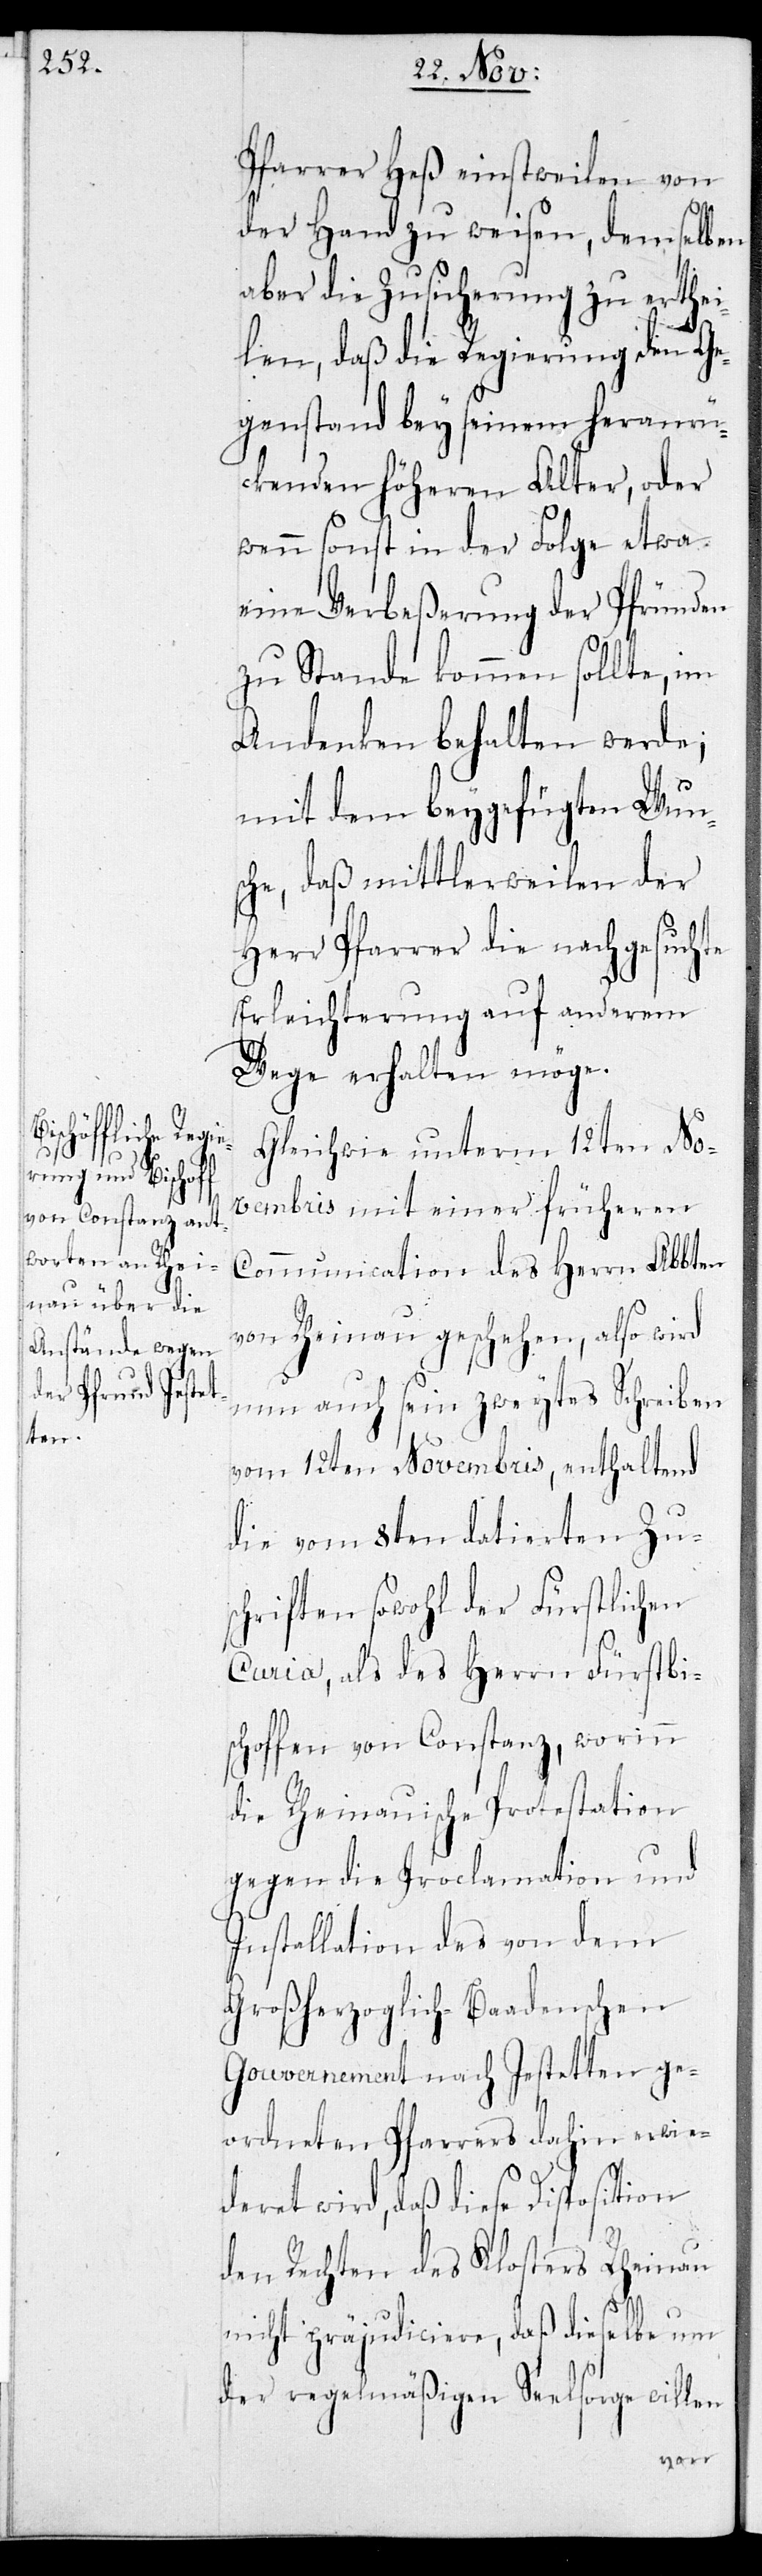
Pfarrer Heß einstweilen von
der Hand zu weisen, demselben
aber die Zusicherung zu erthei¬
len, daß die Regierung den Ge¬
genstand bey seinem heranrü¬
ckenden höheren Alter, oder
wenn sonst in der Folge etwa
eine Verbeßerung der Pfründen
zu Stande kommen sollte, im
Andenken behalten werde;
mit dem beygefügten Wuns¬
che, daß mittlerweilen der
Herr Pfarrer die nachgesuchte
Erleichterung auf anderem
Wege erhalten möge.
Gleich wie unterm 23ten No¬
vembris mit einer früheren
Communication des Herrn Abbten
von Rheinau geschehen, also wird
nun auch sein zweytes Schreiben
vom 12ten Novembris, enthaltend
die vom 8ten datierten Zus¬
chriften sowohl der fürstlichen
Curia, als das Herrn Fürstbi¬
schoffen von Constanz, worinn
die Rheinauische Protestation
gegen die Proclamation und
Installation des von dem
Großherzoglich-Baadenschen
Gouvernement nach Jestetten ge¬
ordneten Pfarrers dahin erwie¬
deret wird, daß diese Disposition
den Rechten des Klosters Rheinau
nicht präjudiciere, daß dieselbe um
der regelmäßigen Seelsorge willen